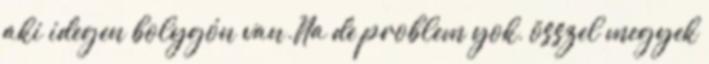
aki idegen bolygón van.Na de problem yok, összel megyek